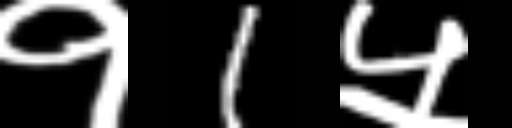
Text: १1५